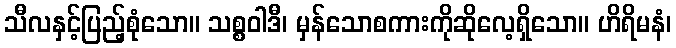
သီလနှင့်ပြည့်စုံသော။ သစ္စဝါဒီ၊ မှန်သောစကားကိုဆိုလေ့ရှိသော။ ဟိရိမနံ၊